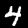
Label: 4